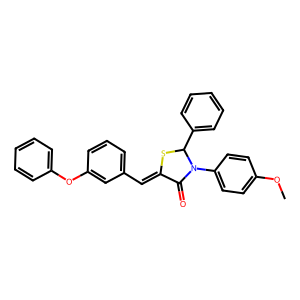
SMILES: COc1ccc(N2C(=O)C(=Cc3cccc(Oc4ccccc4)c3)SC2c2ccccc2)cc1
Inhibits HIV replication: No